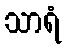
သာရံ